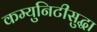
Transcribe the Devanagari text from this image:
कम्युनिटीसुद्धा